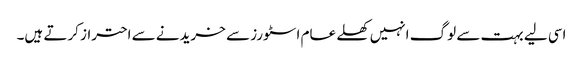
اسی لیے بہت سے لوگ انہیں کھلے عام اسٹورز سے خریدنے سے احتراز کرتے ہیں۔